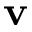
\textbf { v }